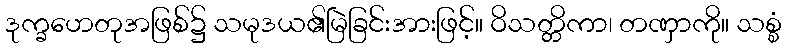
ဒုက္ခဟေတုအဖြစ်၌ သမုဒယ၏မြဲခြင်းအားဖြင့်။ ဝိသတ္တိကာ၊ တဏှာကို။ သစ္စံ